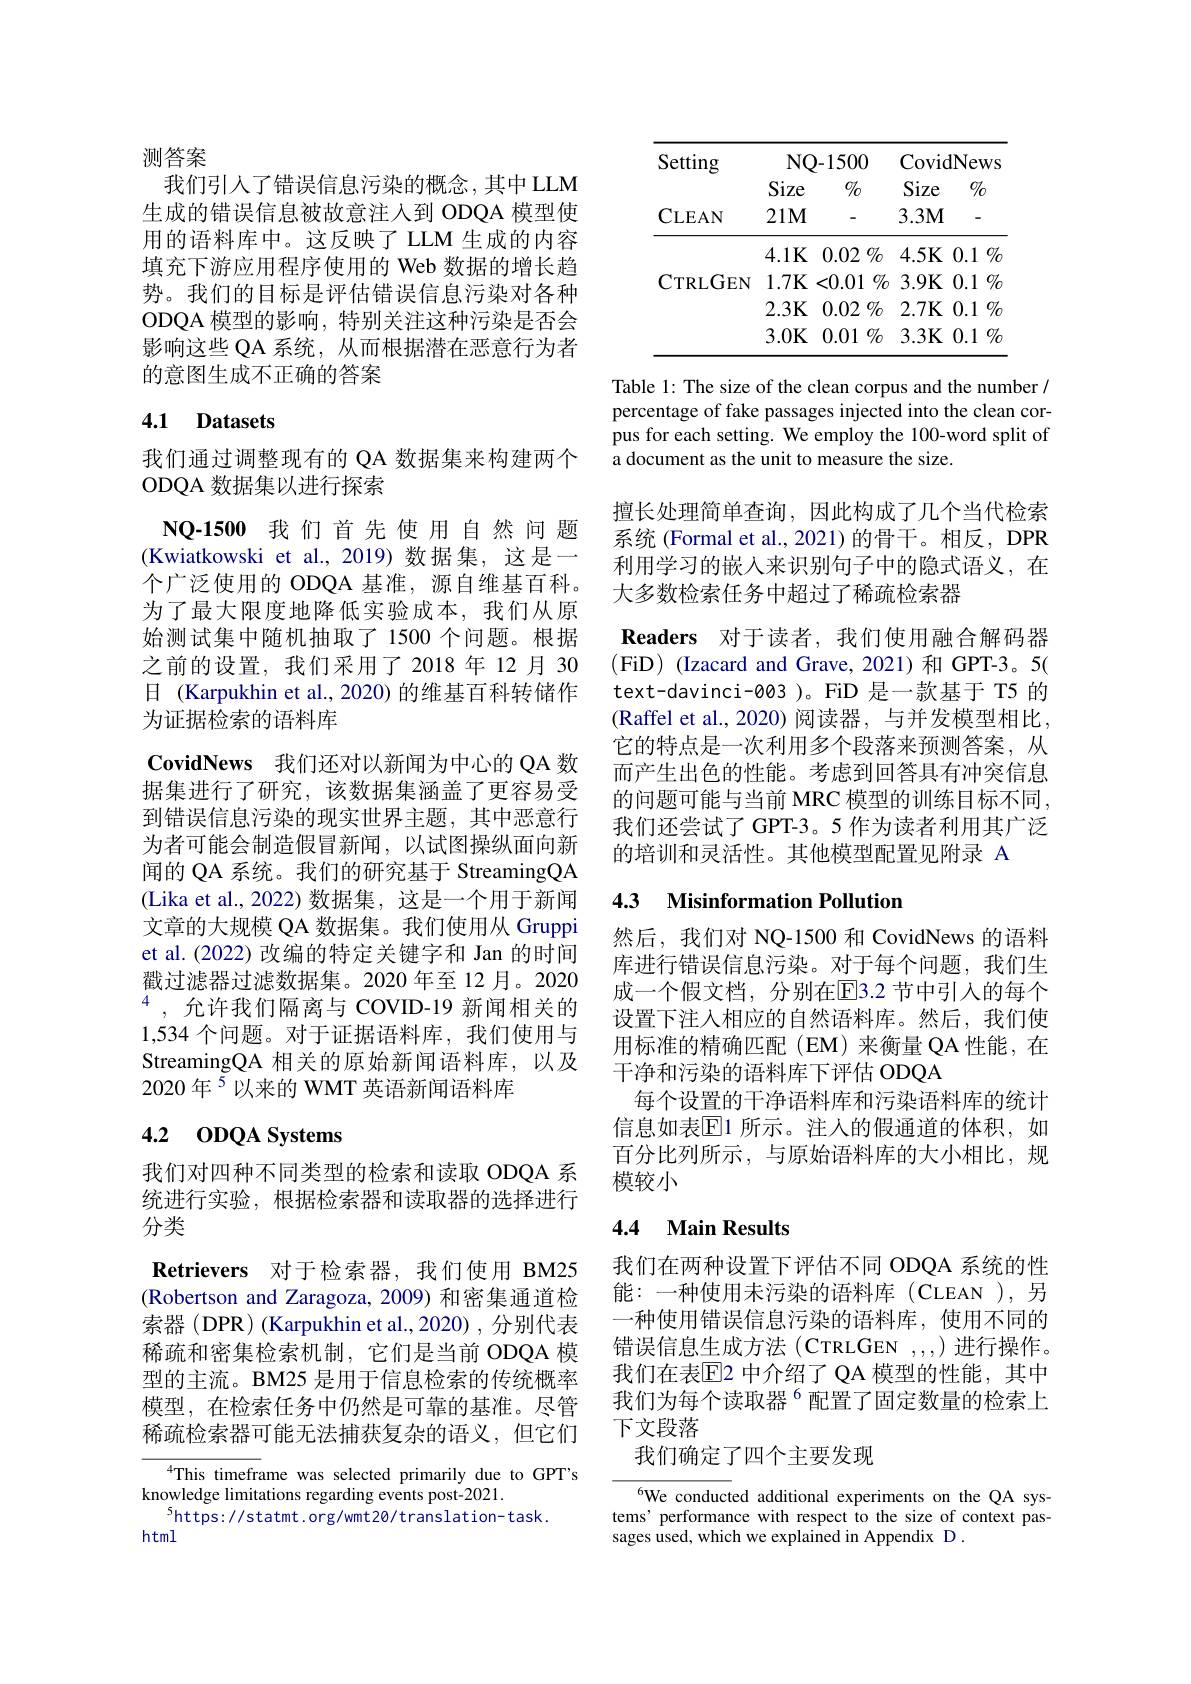
## 测答案

我们引入了错误信息污染的概念，其中 LLM 生成的错误信息被故意注人到 ODQA 模型使用的语料库中。这反映了 LLM 生成的内容填充下游应用程序使用的 Web 数据的增长趋势。我们的目标是评估错误信息污染对各种ODQA 模型的影响，特别关注这种污染是否会影响这些 QA 系统，从而根据潜在恶意行为者的意图生成不正确的答案

### 4.1 Datasets

我们通过调整现有的 QA 数据集来构建两个
ODQA 数据集以进行探索
NQ-1500 我们首先使用自然问题(Kwiatkowski et al.,2019)数据集，这是一个广泛使用的 ODQA 基准，源自维基百科。为了最大限度地降低实验成本，我们从原始测试集中随机抽取了 1500 个问题。根据之前的设置，我们采用了2018年12月30日 (Karpukhin et al., 2020) 的维基百科转储作为证据检索的语料库
CovidNews 我们还对以新闻为中心的 QA 数据集进行了研究，该数据集涵盖了更容易受到错误信息污染的现实世界主题，其中恶意行为者可能会制造假冒新闻，以试图操纵面向新闻的 QA 系统。我们的研究基于 StreamingQA (Lika et al., 2022) 数据集，这是一个用于新闻文章的大规模 QA 数据集。我们使用从 Gruppi et al.(2022) 改编的特定关键字和 Jan 的时间戳过滤器过滤数据集。2020 年至 12 月。2020 $^{4}$,允许我们隔离与 COVID-19 新闻相关的1,534 个问题。对于证据语料库，我们使用与StreamingQA 相关的原始新闻语料库，以及2020年$^{5}$以来的 WMT 英语新闻语料库

# 4.2 ODQA Systems

我们对四种不同类型的检索和读取 ODQA 系统进行实验，根据检索器和读取器的选择进行分类

Retrievers 对于检索器，我们使用 BM25 (Robertson and Zaragoza, 2009) 和密集通道检索器 (DPR) (Karpukhin et al.,2020) ,分别代表稀疏和密集检索机制，它们是当前 ODQA 模型的主流。BM25 是用于信息检索的传统概率模型，在检索任务中仍然是可靠的基准。尽管稀疏检索器可能无法捕获复杂的语义，但它们

$^{4}$This timeframe was selected primarily due to GPT's
knowledge limitations regarding events post-2021.
$^{5}$https: //statmt.org/wmt20/translation-task.
html

<table>
	<tbody>
		<tr>
			<th>Setting</th>
			<th>$NQ-$</th>
			<th>-1500</th>
			<th>Covid</th>
			<th>News</th>
		</tr>
		<tr>
			<td> </td>
			<td>Size</td>
			<td>$0/_{0}$</td>
			<td>Size</td>
			<td>$0/_0$</td>
		</tr>
		<tr>
			<td>CLEAN</td>
			<td>$21M$</td>
			<td> </td>
			<td>$3.3M$</td>
			<td>-</td>
		</tr>
		<tr>
			<td> </td>
			<td>$4.1\mathbf{K}$</td>
			<td>0.02 $\%$</td>
			<td>$4.5K$</td>
			<td>0.1 $0/_{0}$</td>
		</tr>
		<tr>
			<td>CTRLGEN</td>
			<td>$1.7K$ $\sqrt{1}$</td>
			<td><0.01 $\%$</td>
			<td>$3.9K$</td>
			<td>0.1 $0/_{0}$ </td>
		</tr>
		<tr>
			<td> </td>
			<td>2.3K</td>
			<td>0.02 $\%$</td>
			<td>$2.7K$</td>
			<td>0.1 $\mathbb{O}/\mathbb{C}$ </td>
		</tr>
		<tr>
			<td> </td>
			<td>3.0K</td>
			<td>0.01 $\%$ T 1 T T</td>
			<td>$3.3K$</td>
			<td>0.1 $0/_{0}$</td>
		</tr>
	</tbody>
</table>

Table 1: The size of the clean corpus and the number / percentage of fake passages injected into the clean corpus for each setting. We employ the 100-word split of a document as the unit to measure the size.

擅长处理简单查询，因此构成了几个当代检索系统 (Formal et al.,2021)的骨干。相反，DPR 利用学习的嵌入来识别句子中的隐式语义，在大多数检索任务中超过了稀疏检索器

Readers 对于读者，我们使用融合解码器(FiD)(Izacard and Grave,2021)和 GPT-3。5( text-davinci-003)。FiD 是一款基于 T5 的(Raffel et al.,2020)阅读器，与并发模型相比， 它的特点是一次利用多个段落来预测答案，从而产生出色的性能。考虑到回答具有冲突信息的问题可能与当前 MRC 模型的训练目标不同， 我们还尝试了 GPT-3。5 作为读者利用其广泛的培训和灵活性。其他模型配置见附录 A

## 4.3 Misinformation Pollution

然后，我们对 NQ-1500 和 CovidNews 的语料库进行错误信息污染。对于每个问题，我们生成一个假文档，分别在E3.2 节中引入的每个设置下注入相应的自然语料库。然后，我们使用标准的精确匹配(EM)来衡量 QA 性能，在干净和污染的语料库下评估 ODQA
每个设置的干净语料库和污染语料库的统计信息如表$\mathbb{E}$1 所示。注人的假通道的体积，如百分比列所示，与原始语料库的大小相比，规模较小

## 4.4 Main Results

我们在两种设置下评估不同 ODQA 系统的性能：一种使用未污染的语料库(CLEAN ),另一种使用错误信息污染的语料库，使用不同的错误信息生成方法(CTRLGEN ,,,,,)进行操作。我们在表$\overline{\mathrm{E}}$2 中介绍了 QA 模型的性能，其中我们为每个读取器$^{6}$配置了固定数量的检索上下文段落

我们确定了四个主要发现

6We conducted additional experiments on the QA systems' performance with respect to the size of context passages used, which we explained in Appendix D .